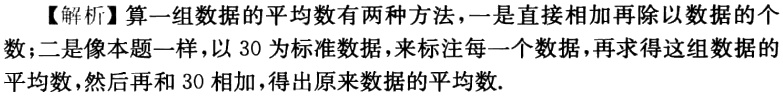
【解析】算一组数据的平均数有两种方法，一是直接相加再除以数据的个数；二是像本题一样，以 30 为标准数据，来标注每一个数据，再求得这组数据的平均数，然后再和 30 相加，得出原来数据的平均数.